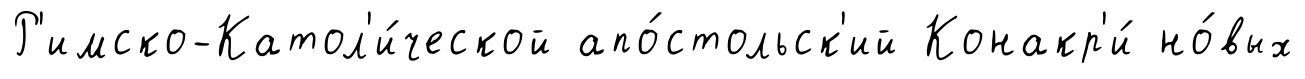
Р'имско-Катол'и́ческой апо́стольск'ий Конакр'и́ но́вых